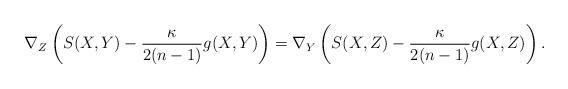
LaTeX: \begin{align*}\nabla_Z\left(S(X, Y)-\frac{\kappa }{2(n-1)}g(X, Y)\right)=\nabla_Y\left(S(X, Z)-\frac{\kappa }{2(n-1)}g(X, Z)\right).\end{align*}